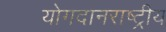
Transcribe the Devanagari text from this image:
योगदानराष्ट्रीय